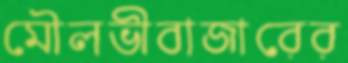
মৌলভীবাজারের